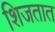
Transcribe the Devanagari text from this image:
शिजतात